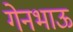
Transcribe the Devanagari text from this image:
गेनभाऊ